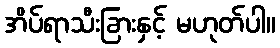
အိပ်ရာသီးခြားနှင့် မဟုတ်ပါ။